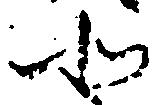
北